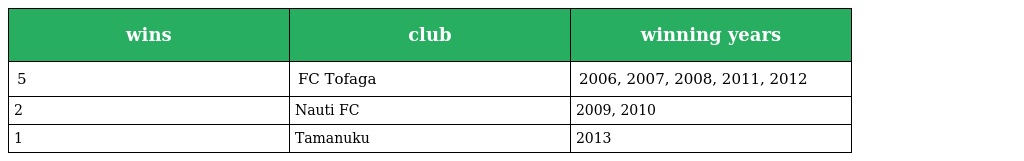
| wins | club | winning years |
 | --- | --- | --- |
 | 5 | FC Tofaga | 2006, 2007, 2008, 2011, 2012 |
 | 2 | Nauti FC | 2009, 2010 |
 | 1 | Tamanuku | 2013 |